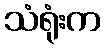
သံရုံးက